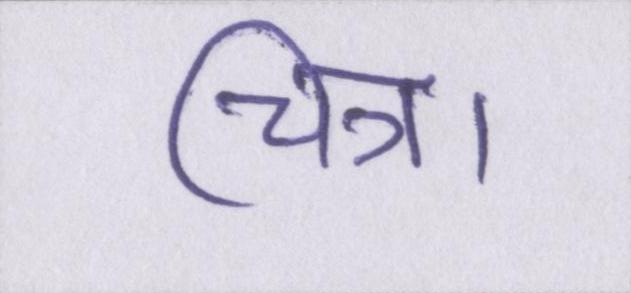
चित्र।